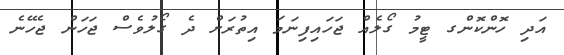
އަދި ހޮންކޮންގ ޓީމު ގޯލެއް ޖަހައިފިނަމަ އިތުރަށް ދެ ގޯލުވެސް ޖަހަން ޖެހޭނެ